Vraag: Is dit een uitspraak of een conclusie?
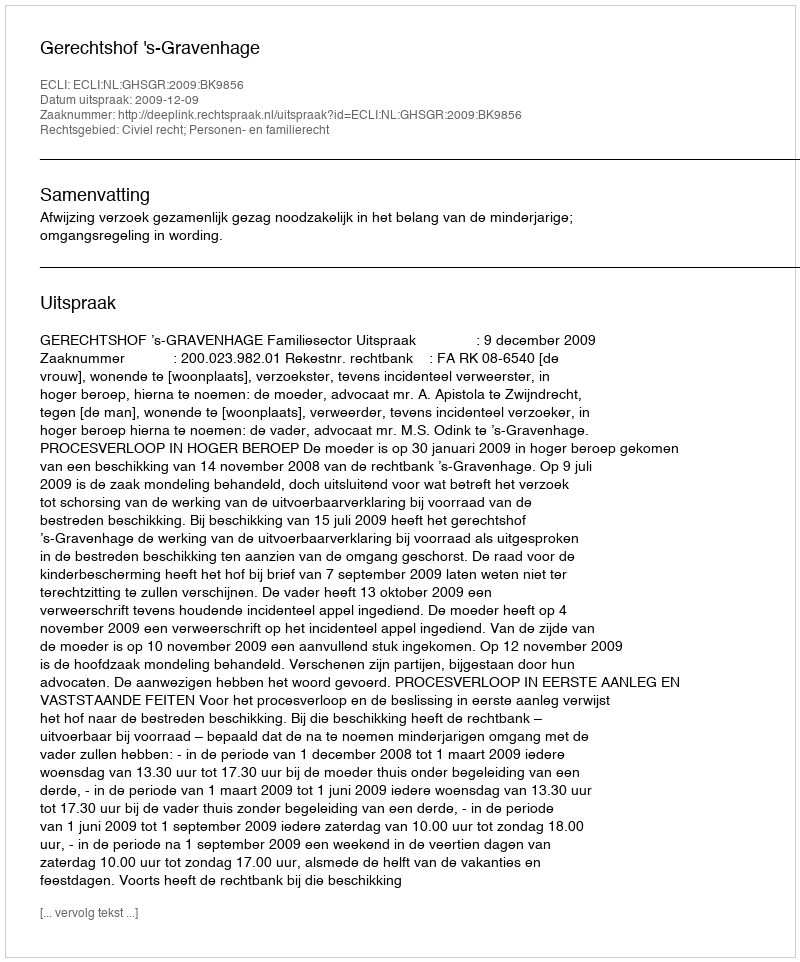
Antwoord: Uitspraak